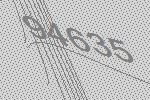
94635